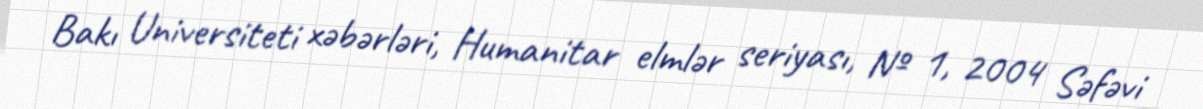
Bakı Universiteti xəbərləri, Humanitar elmlər seriyası, № 1, 2004 Səfəvi